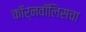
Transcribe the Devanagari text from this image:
कॉर्नवॉलिसचा